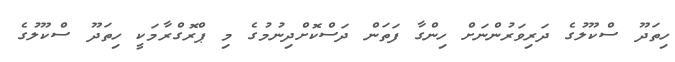
ހިތަދޫ ސްކޫލުގެ ދަރިވަރުންނަށް ހިންގާ ފަތަން ދަސްކޮށްދިނުމުގެ މި ޕްރޮގްރާމަކީ ހިތަދޫ ސްކޫލުގެ